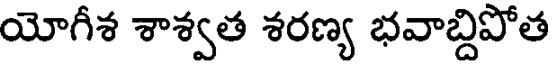
యోగీశ శాశ్వత శరణ్య భవాబ్దిపోత